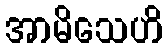
အာမိသေဟိ